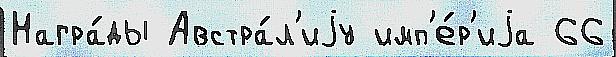
Награ́ды Австра́л'иjу имп'е́р'иjа 66